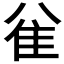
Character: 𱁅